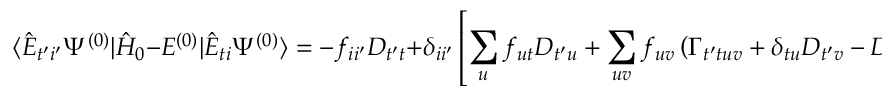
\langle \hat { E } _ { t ^ { \prime } i ^ { \prime } } \Psi ^ { ( 0 ) } | \hat { H } _ { 0 } - E ^ { ( 0 ) } | \hat { E } _ { t i } \Psi ^ { ( 0 ) } \rangle = - f _ { i i ^ { \prime } } D _ { t ^ { \prime } t } + \delta _ { i i ^ { \prime } } \left[ \sum _ { u } f _ { u t } D _ { t ^ { \prime } u } + \sum _ { u v } f _ { u v } \left( \Gamma _ { t ^ { \prime } t u v } + \delta _ { t u } D _ { t ^ { \prime } v } - D _ { t ^ { \prime } t } D _ { u v } \right) \right]